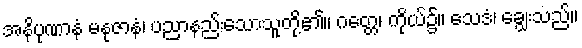
အနိပုဏာနံ မနုဇာနံ၊ ပညာနည်းသောသူတို့၏။ ဂတ္တေ၊ ကိုယ်၌။ သေဒံ၊ ချွေးသည်။